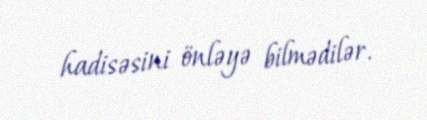
hadisəsini önləyə bilmədilər.